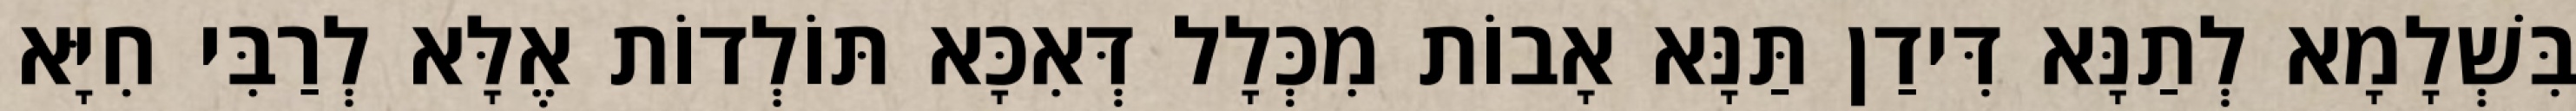
בִּשְׁלָמָא לְתַנָּא דִּידַן תַּנָּא אָבוֹת מִכְּלָל דְּאִכָּא תּוֹלְדוֹת אֶלָּא לְרַבִּי חִיָּא